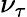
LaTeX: \nu_{\tau}